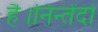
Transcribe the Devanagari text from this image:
है।निन्तेंदो